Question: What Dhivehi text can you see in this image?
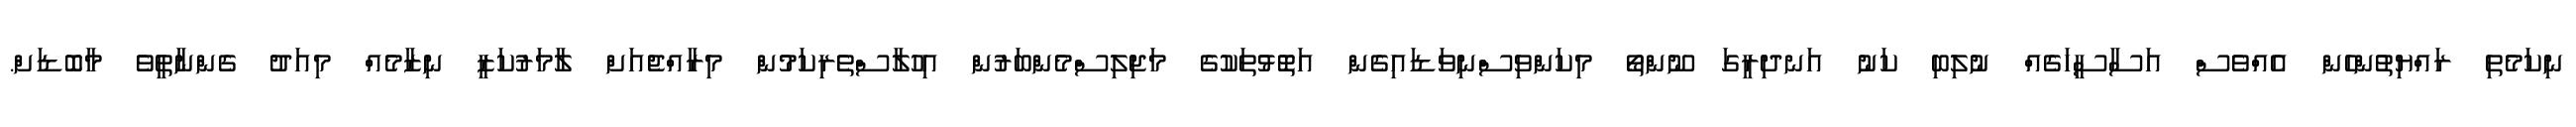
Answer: ނިކަމެތި ރައްޔިތުންހެން އެއްވެސް އަސާސީހަގެއް ނުލިބި ކަނު އަނދިރީގަ ނޫންތޯ މިކަންވިސްނިވަޑައިގެން އަތޮޅުތަކުގެ މަޖިލިސްމެންބަރުން އިހުލާސްތެރިކަމުން މިރާއްޖެއަށް ލާމަރުކަޒީ ނިޒާމެއް މިއަދު ގެންނާތީވެ މާބޮޑަށް.